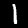
Digit: 1